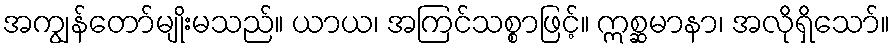
အကျွန်တော်မျိုးမသည်။ ယာယ၊ အကြင်သစ္စာဖြင့်။ ဣစ္ဆမာနာ၊ အလိုရှိသော်။